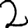
Digit: 2